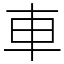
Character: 車